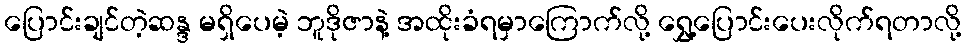
ပြောင်းချင်တဲ့ဆန္ဒ မရှိပေမဲ့ ဘူဒိုဇာနဲ့ အထိုးခံရမှာကြောက်လို့ ရွှေ့ပြောင်းပေးလိုက်ရတာလို့